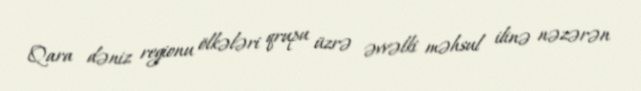
Qara dəniz regionu ölkələri qrupu üzrə əvvəlki məhsul ilinə nəzərən